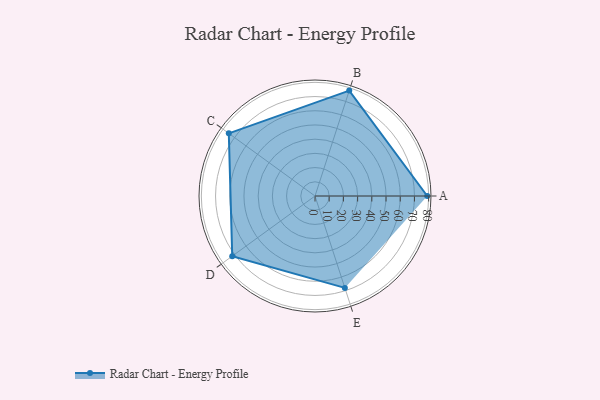
{"axis": {"x": "Skill", "y": "Score"}, "legend": ["Profile"], "data": [{"x": "A", "y": 79.0, "type": "Profile"}, {"x": "B", "y": 78.0, "type": "Profile"}, {"x": "C", "y": 75.0, "type": "Profile"}, {"x": "D", "y": 72.0, "type": "Profile"}, {"x": "E", "y": 68.0, "type": "Profile"}]}